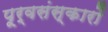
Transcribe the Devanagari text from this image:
पूर्वसंस्कारों